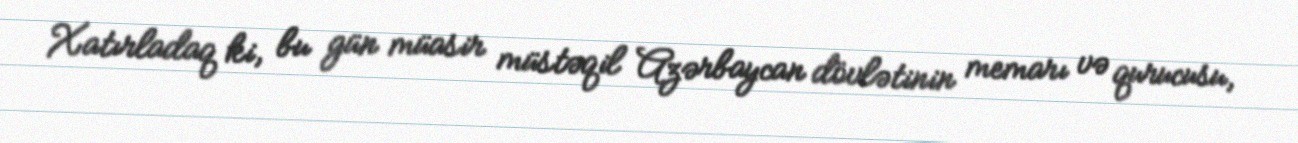
Xatırladaq ki, bu gün müasir müstəqil Azərbaycan dövlətinin memarı və qurucusu,